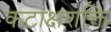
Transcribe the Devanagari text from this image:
कटाक्षशक्ति